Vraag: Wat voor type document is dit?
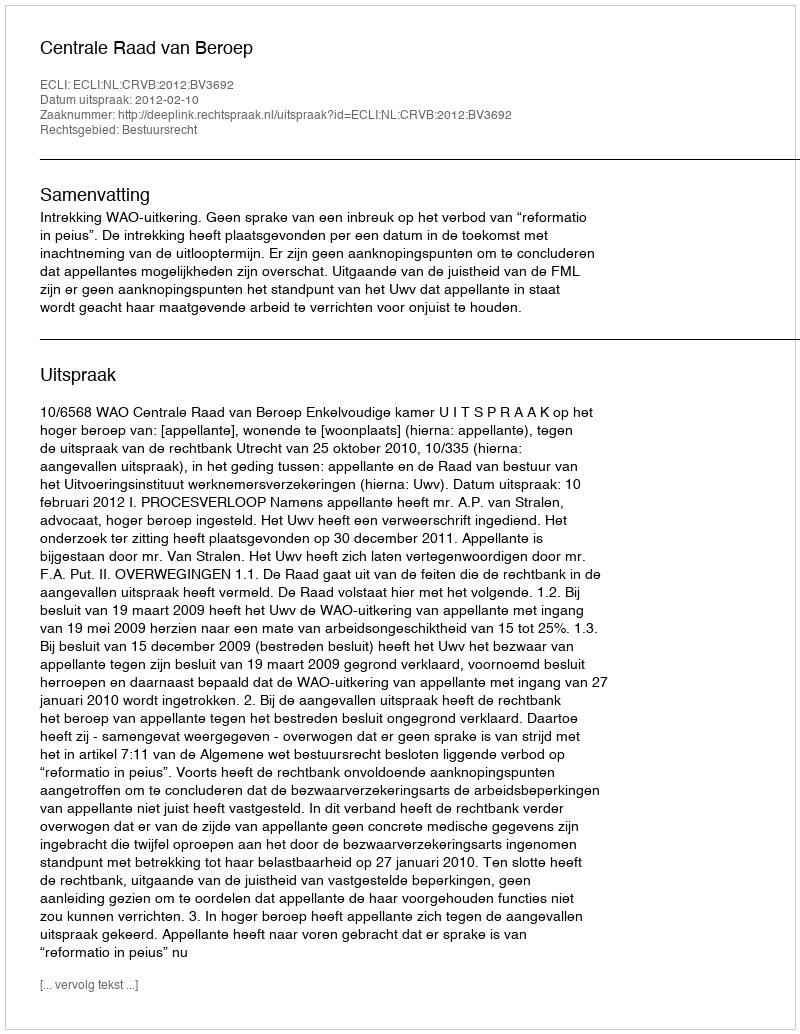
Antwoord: Uitspraak